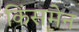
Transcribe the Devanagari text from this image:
किंसमेन